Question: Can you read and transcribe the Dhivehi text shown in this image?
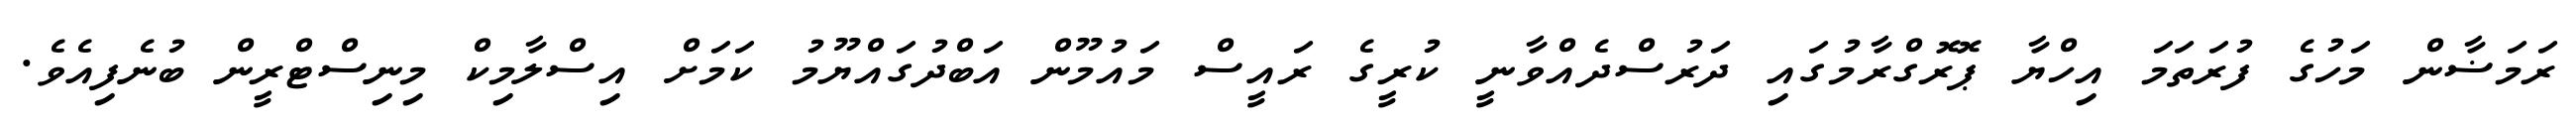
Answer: ރަމަޟާން މަހުގެ ފުރަތަމަ އިހްޔާ ޕޮރޮގްރާމުގައި ދަރުސްދެއްވާނީ ކުރީގެ ރައީސް މައުމޫން އަބްދުގައްޔޫމު ކަމަށް އިސްލާމިކް މިނިސްޓްރީން ބުނެފިއެވެ.